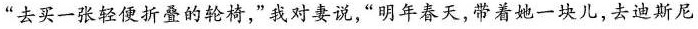
“去买一张轻便折叠的轮椅，”我对妻说“明年春天，带着她一块儿，去迪斯尼